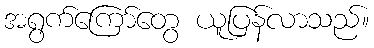
အရွက်ကြော်တွေ ယူပြန်လာသည်။